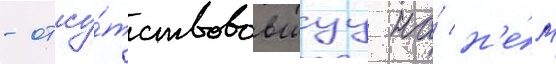
- отсу́тствовавшуу на́ н'е́м